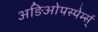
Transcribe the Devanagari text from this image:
अङिओपस्पेर्म्स्